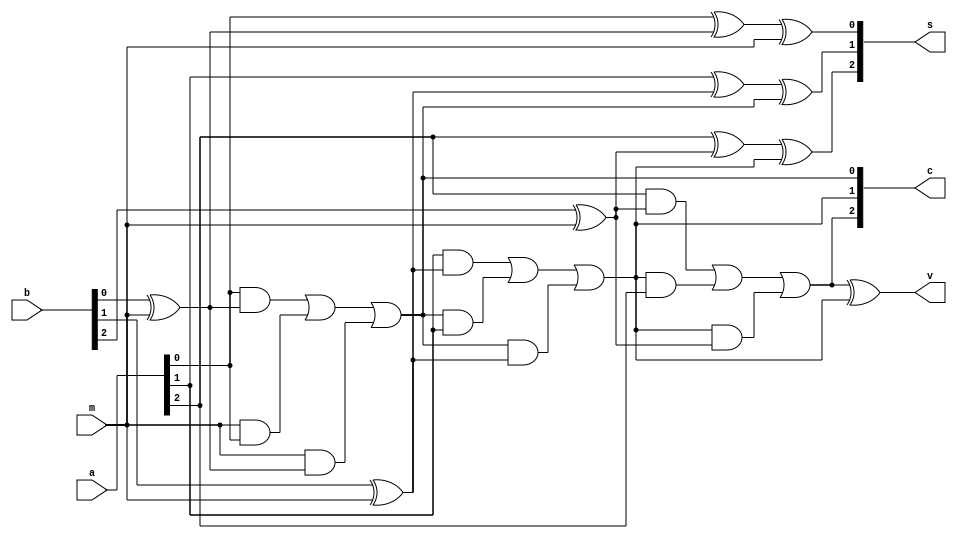
`timescale 1ns / 1ps
//////////////////////////////////////////////////////////////////////////////////
// Company: 
// Engineer: 
// 
// Design Name: 
// Module Name: lab1_3
// Project Name: 
// Target Devices: 
// Tool Versions: 
// Description: 
// 
// Dependencies: 
// 
// Revision:
// Revision 0.01 - File Created
// Additional Comments:
// 
//////////////////////////////////////////////////////////////////////////////////


module adder_subtractor(
    input [2:0] a,
    input [2:0] b,
    input m,
    output [2:0] s,
    output v,
    output [2:0] c
    );
    
    assign s[0] = a[0] ^ (b[0] ^ m) ^ m;
    assign c[0] = a[0] & (b[0] ^ m) | m & a[0] | m & (b[0] ^ m);
    assign s[1] = (a[1] ^ (b[1] ^ m)) ^ c[0];
    assign c[1] = a[1] & (b[1] ^ m) | c[0] & a[1] | c[0] & (b[1] ^ m);
    assign s[2] = (a[2] ^ (b[2] ^ m)) ^ c[1];
    assign c[2] = a[2] & (b[2] ^ m) | c[1] & a[2] | c[1] & (b[2] ^ m);
    assign v = c[2] ^ c[1];

endmodule